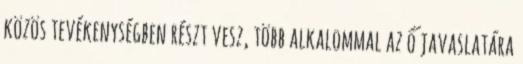
közös tevékenységben részt vesz, több alkalommal az ő javaslatára